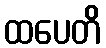
ထပေတိ